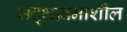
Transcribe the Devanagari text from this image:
सद्‌भावनाशील